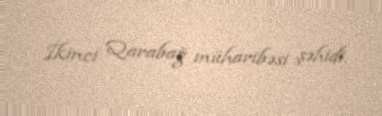
İkinci Qarabağ müharibəsi şəhidi.